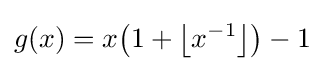
g(x)=x\!\left(1+\left\lfloor x^{-1}\right\rfloor \right)-1